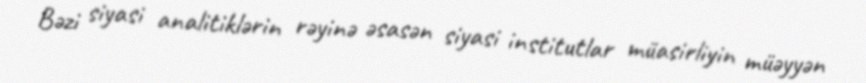
Bəzi siyasi analitiklərin rəyinə əsasən siyasi institutlar müasirliyin müəyyən